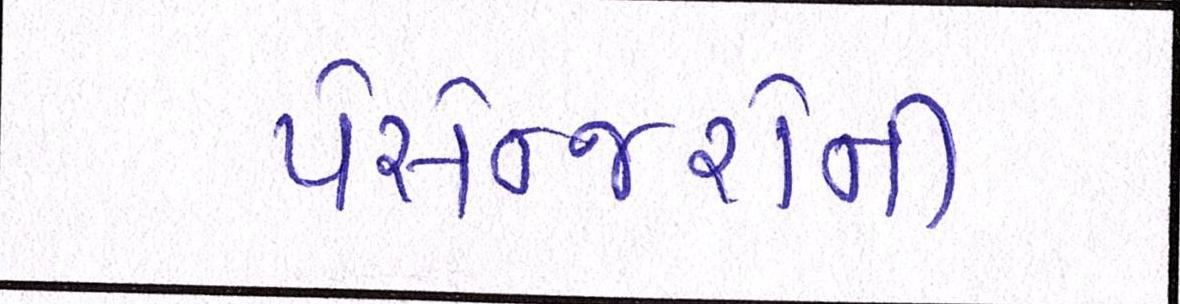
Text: પેસેન્જરોની